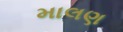
માલણ